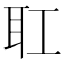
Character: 𦔸